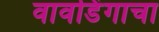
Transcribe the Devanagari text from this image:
वावडिंगाचा